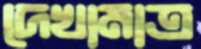
দেখামাত্র